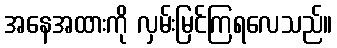
အနေအထားကို လှမ်းမြင်ကြရလေသည်။